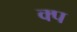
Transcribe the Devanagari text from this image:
क्प